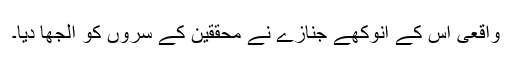
واقعی اس کے انوکھے جنازے نے محققین کے سروں کو الجھا دیا۔